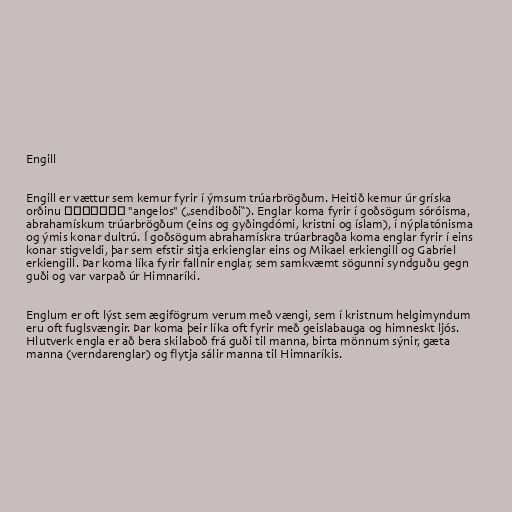
Engill

Engill er vættur sem kemur fyrir í ýmsum trúarbrögðum. Heitið kemur úr gríska
orðinu ἄγγελος "angelos" („sendiboði“). Englar koma fyrir í goðsögum sóróisma,
abrahamískum trúarbrögðum (eins og gyðingdómi, kristni og íslam), í nýplatónisma
og ýmis konar dultrú. Í goðsögum abrahamískra trúarbragða koma englar fyrir í eins
konar stigveldi, þar sem efstir sitja erkienglar eins og Mikael erkiengill og Gabríel
erkiengill. Þar koma líka fyrir fallnir englar, sem samkvæmt sögunni syndguðu gegn
guði og var varpað úr Himnaríki.

Englum er oft lýst sem ægifögrum verum með vængi, sem í kristnum helgimyndum
eru oft fuglsvængir. Þar koma þeir líka oft fyrir með geislabauga og himneskt ljós.
Hlutverk engla er að bera skilaboð frá guði til manna, birta mönnum sýnir, gæta
manna (verndarenglar) og flytja sálir manna til Himnaríkis.